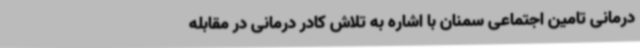
درمانی تامین اجتماعی سمنان با اشاره به تلاش کادر درمانی در مقابله